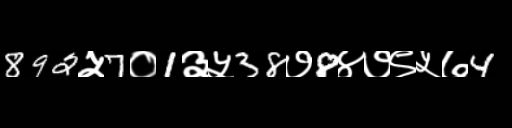
Text: 892५7०1३५38७8४७९५७4